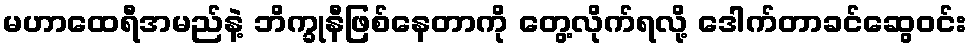
မဟာထေရီအမည်နဲ့ ဘိက္ခုနီဖြစ်နေတာကို တွေ့လိုက်ရလို့ ဒေါက်တာခင်ဆွေဝင်း